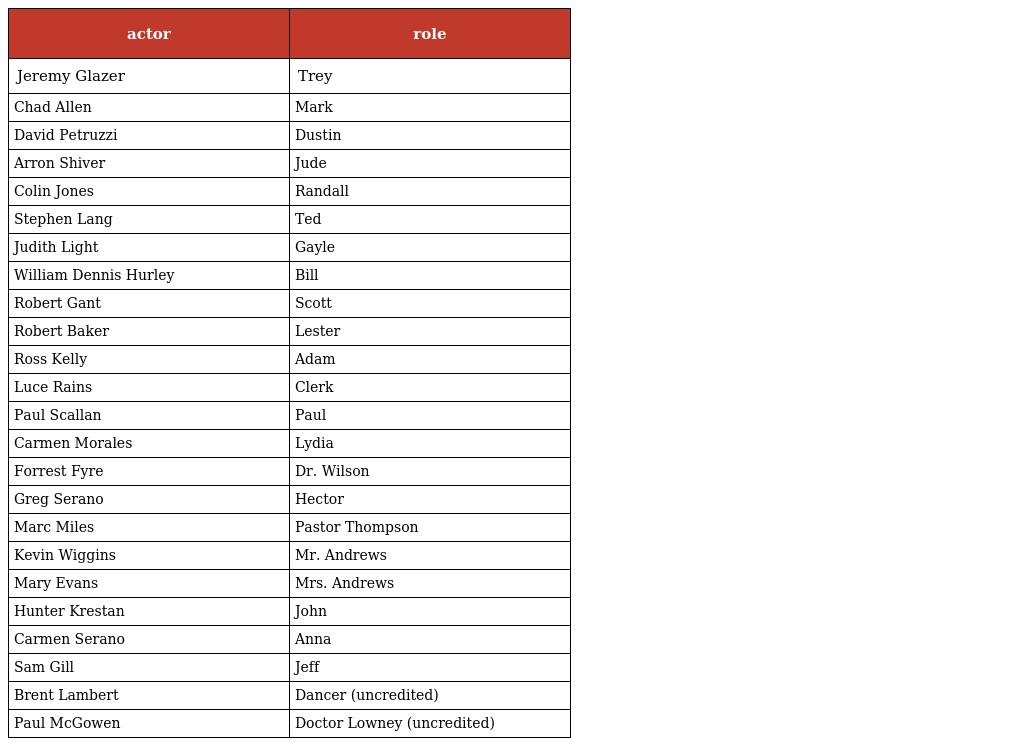
| actor | role |
 | --- | --- |
 | Jeremy Glazer | Trey |
 | Chad Allen | Mark |
 | David Petruzzi | Dustin |
 | Arron Shiver | Jude |
 | Colin Jones | Randall |
 | Stephen Lang | Ted |
 | Judith Light | Gayle |
 | William Dennis Hurley | Bill |
 | Robert Gant | Scott |
 | Robert Baker | Lester |
 | Ross Kelly | Adam |
 | Luce Rains | Clerk |
 | Paul Scallan | Paul |
 | Carmen Morales | Lydia |
 | Forrest Fyre | Dr. Wilson |
 | Greg Serano | Hector |
 | Marc Miles | Pastor Thompson |
 | Kevin Wiggins | Mr. Andrews |
 | Mary Evans | Mrs. Andrews |
 | Hunter Krestan | John |
 | Carmen Serano | Anna |
 | Sam Gill | Jeff |
 | Brent Lambert | Dancer (uncredited) |
 | Paul McGowen | Doctor Lowney (uncredited) |